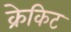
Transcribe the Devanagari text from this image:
क्रेकिट